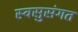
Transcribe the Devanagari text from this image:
स्वसुसंगत